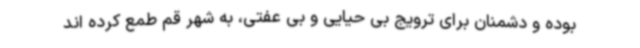
بوده و دشمنان برای ترویج بی حیایی و بی عفتی، به شهر قم طمع کرده اند